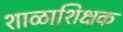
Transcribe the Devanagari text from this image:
शाळाशिक्षक